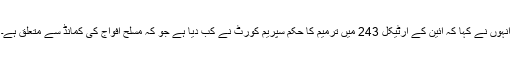
انہوں نے کہا کہ آئین کے آرٹیکل 243 میں ترمیم کا حکم سپریم کورٹ نے کب دیا ہے جو کہ مسلح افواج کی کمانڈ سے متعلق ہے۔